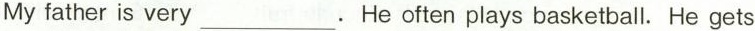
My father is very___. He often plays basketball. He gets